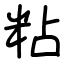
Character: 粘